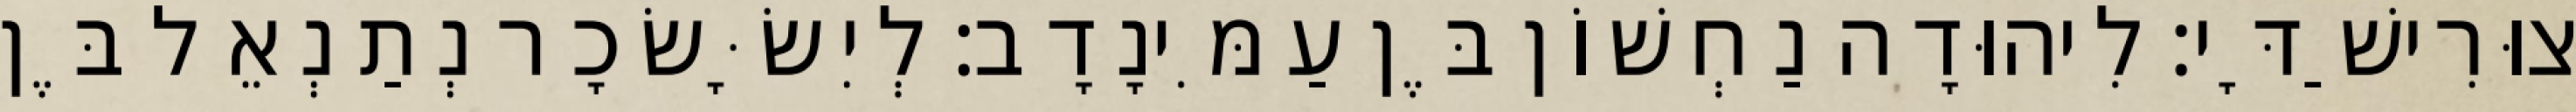
צוּרִישַׁדָּי׃ לִיהוּדָה נַחְשׁוֹן בֶּן עַמִּינָדָב׃ לְיִשָּׂשׂכָר נְתַנְאֵל בֶּן